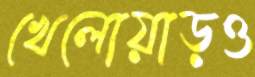
খেলোয়াড়ও